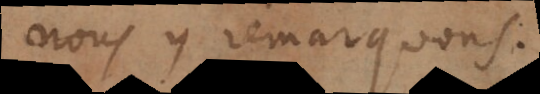
nous y remarquons.